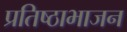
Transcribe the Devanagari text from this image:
प्रतिष्ठाभाजन